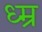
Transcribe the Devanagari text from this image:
ध्म्र